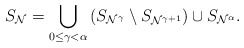
\begin{align*}S_{\mathcal{N}} = \bigcup_{0 \leq \gamma < \alpha} \left(S_{\mathcal{N}^{\gamma}}\setminus S_{\mathcal{N}^{\gamma + 1}}\right) \cup S_{\mathcal{N}^{\alpha}}.\end{align*}